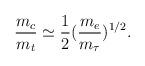
LaTeX: \begin{align*}\frac{m_c}{m_t}\simeq \frac{1}{2}(\frac{m_e}{m_\tau})^{1/2}.\end{align*}